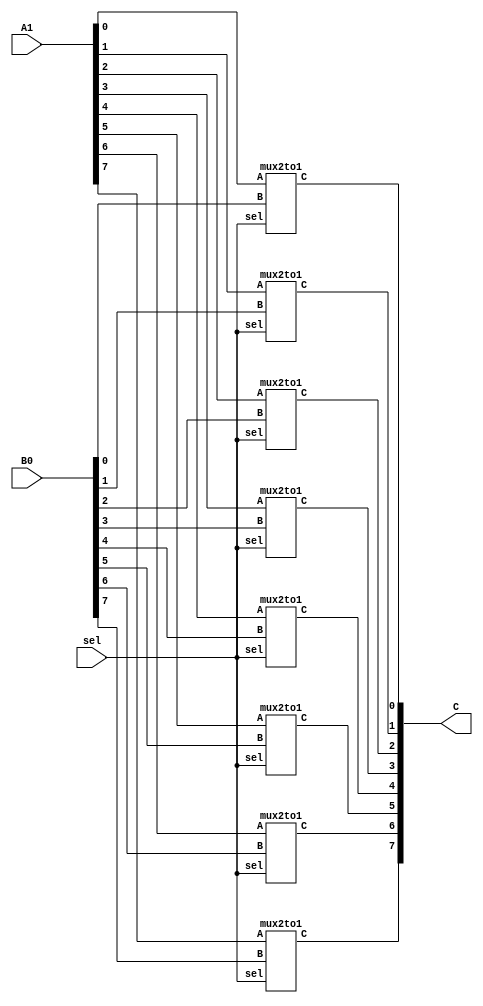
module mux2to1_8bit(A1, B0, sel, C);
	input [7:0]A1, B0;
	input sel;
	output [7:0]C;
	genvar i;
	
	generate
		for(i=7; i>=0; i=i-1) begin: block1
			mux2to1 m1( .A(A1[i]),
							.B(B0[i]),
							.sel(sel),
							.C(C[i])
						);
		end
	endgenerate
	
endmodule

module mux2to1 (A, B, sel, C);
	input A, B, sel;
	output C;
	wire and1, and2, not1;
	
	not n1(not1, sel);
	and a1(and1, A, sel);
	and a2(and2, B, not1);
	or o1(C, and1, and2);
endmodule